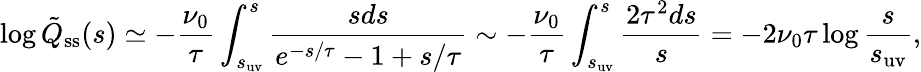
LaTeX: \log\tilde{Q}_{\mathrm{ss}}(s)\simeq-\frac{\nu_{0}}{\tau}\int_{s_{\mathrm{uv}}}^{s}\frac{sds}{e^{-s/\tau}-1+s/\tau}\sim-\frac{\nu_{0}}{\tau}\int_{s_{\mathrm{uv}}}^{s}\frac{2\tau^{2}ds}{s}=-2\nu_{0}\tau\log\frac{s}{s_{\mathrm{uv}}},